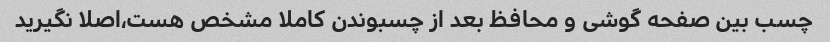
چسب بین صفحه گوشی و محافظ بعد از چسبوندن کاملا مشخص هست،اصلا نگیرید